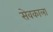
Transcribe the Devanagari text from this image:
सेवकाला